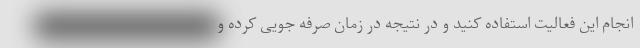
انجام این فعالیت استفاده کنید و در نتیجه در زمان صرفه جویی کرده و